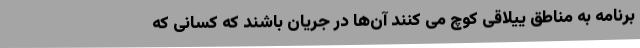
برنامه به مناطق ییلاقی کوچ می کنند آن‌ها در جریان باشند که کسانی که